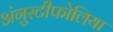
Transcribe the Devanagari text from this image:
अंगुस्टीफोलिया